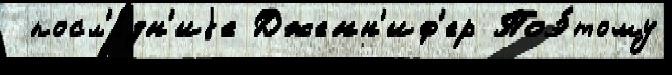
 посл'е́дн'иjе Дженн'иф'ер Поэ́тому